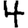
Digit: 4